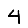
Digit: 4